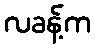
လခန့်က